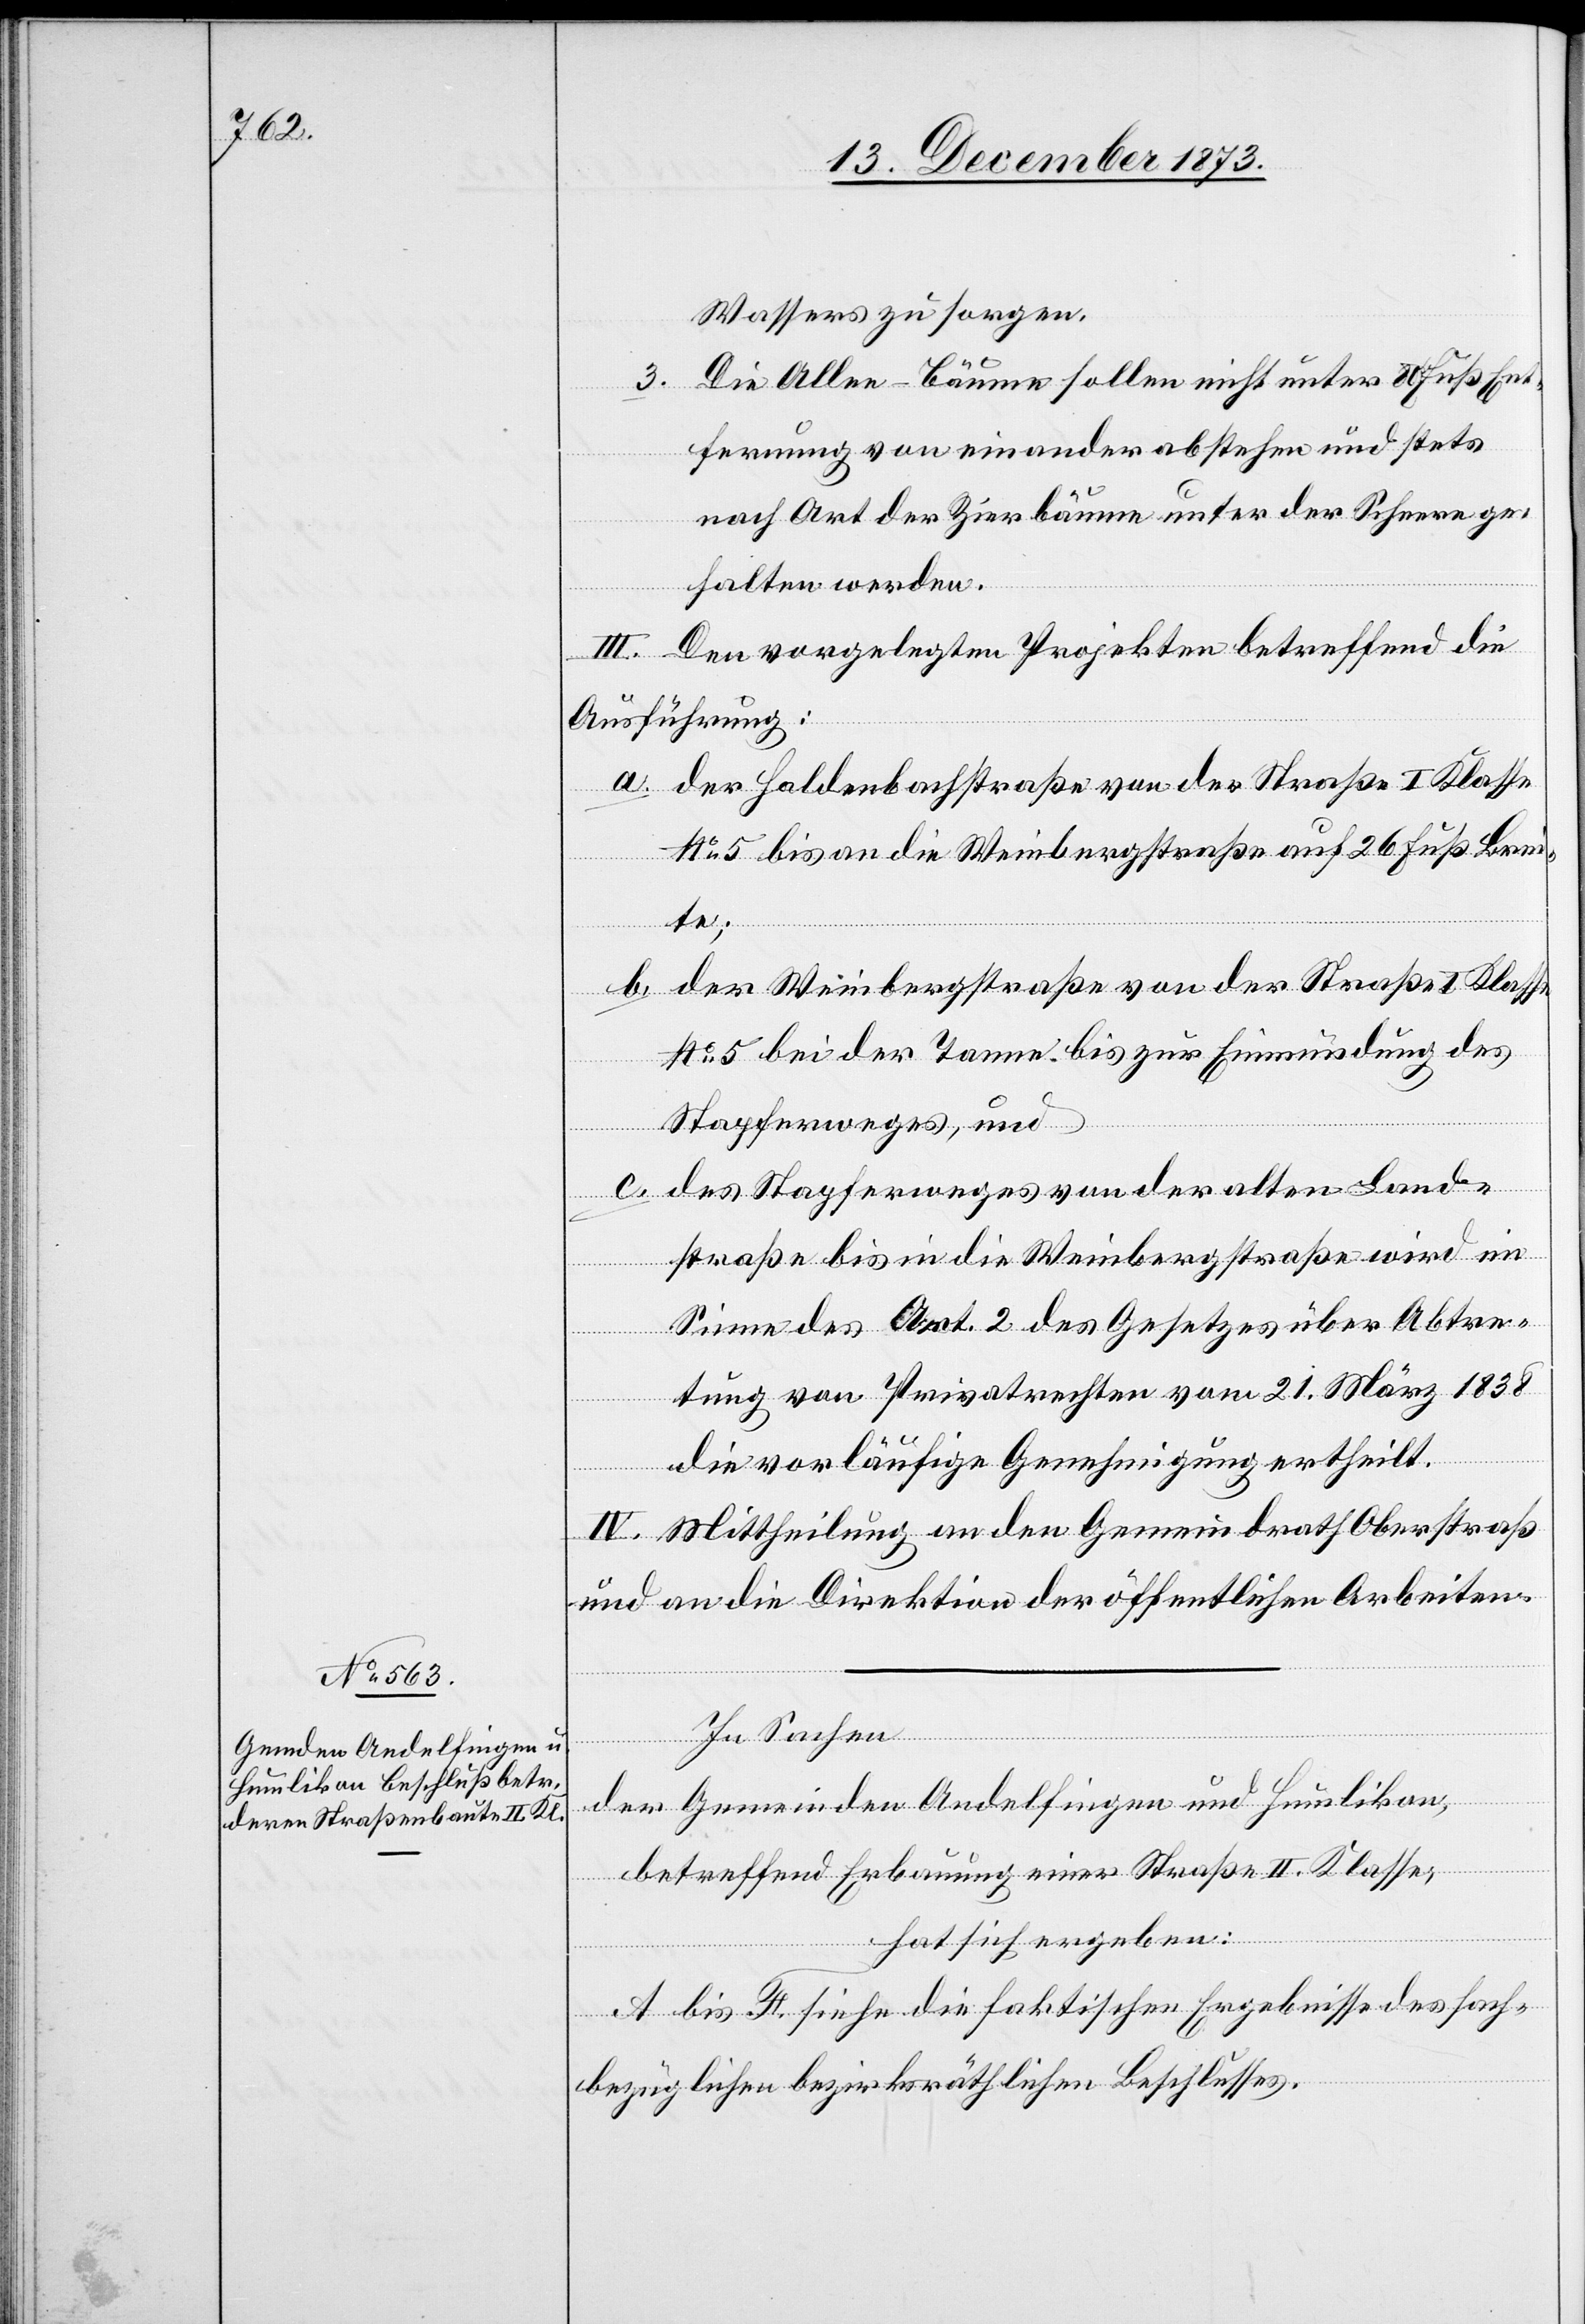
Wassers zu sorgen.
3. Die Allee-Bäume sollen nicht unter 80 Fuß Ent¬
fernung voneinander abstehen und stets
nach Art der Zierbäume unter der Scheere ge¬
halten werden.
III. Den vorgelegten Projekten betreffend die
Ausführung:
a. der Haldenbachstraße von der Straße I Klasse
No 5 bis an die Weinbergstraße auf 26 Fuß Brei¬
te;
b. der Weinbergstraße von der Straße I Klasse
No 5 bei der Tanne bis zur Einmündung des
Stapferweges, und
c. des Stapferweges von der alten Land¬
straße bis in die Weinbergstraße wird im
Sinne des Art. 2 des Gesetzes über Abtre¬
tung von Privatrechten vom 21. März 1838
die vorläufige Genehmigung ertheilt.
IV. Mittheilung an den Gemeindrath Oberstraß
und an die Direktion der öffentlichen Arbeiten.
In Sachen
der Gemeinden Andelfingen und Humlikon,
betreffend Erbauung einer Straße II. Klasse,
hat sich ergeben:
A bis F. siehe die faktischen Ergebnisse des sach¬
bezüglichen bezirksräthlichen Beschlusses.